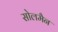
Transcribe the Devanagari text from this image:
सोलमैन